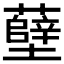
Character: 𫊎